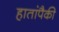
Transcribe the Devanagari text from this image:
हातांपैकी